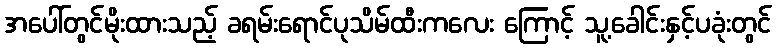
အပေါ်တွင်မိုးထားသည့် ခရမ်းရောင်ပုသိမ်ထီးကလေး ကြောင့် သူ့ခေါင်းနှင့်ပခုံးတွင်